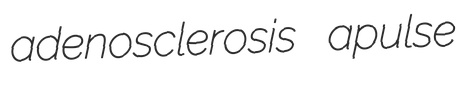
adenosclerosis apulse